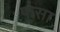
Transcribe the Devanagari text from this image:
फूसा